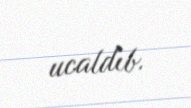
ucaldıb.